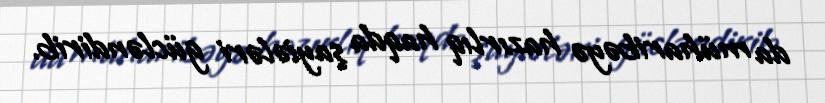
da müharibəyə hazırlıq haqda şayiələri gücləndirib.